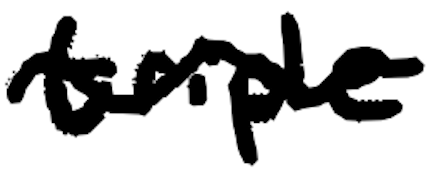
Text: triple
Cross-out: wave
Writing tool: digital_black